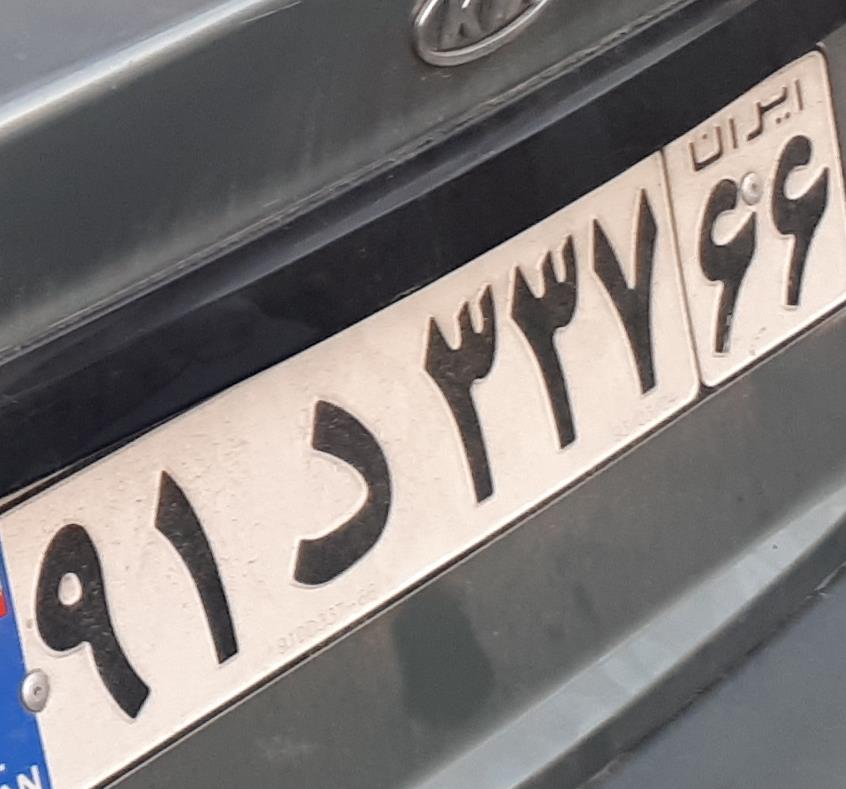
۹۱د۳۳۷۶۶